Vaccination North-Western Provinces and Oudh 1878-1895 - 1878-1895
Year: 1878
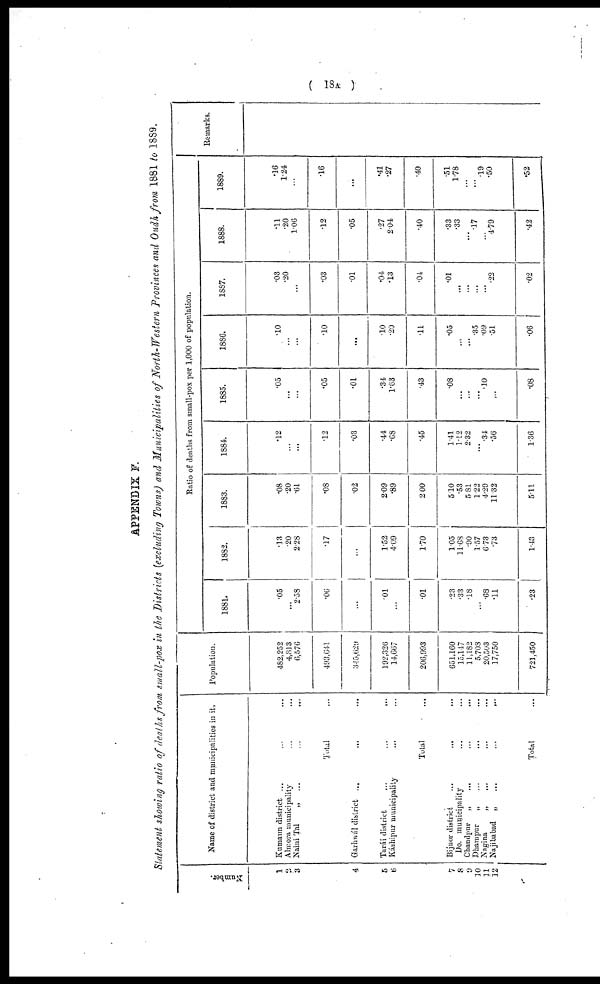
( 18A )
APPENDIX F.
Statement showing ratio of deaths from small-pox in the Districts (excluding Towns) and Municipalities of North-Western Provinces and Oudh from 1881 to 1889.
Number.
1
2
3
4
5
6
7
8
9
10
11
12
Name of district and municipalities in it,
Kumaun district ... ... ...
Almora municipality ... ...
Naini Tal
„
...
...
...
Total ...
Garhwál district ... ... ...
Tarái district ... ... ...
Káshipur municipality ... ...
Total ...
Bijnor district ... ... ...
Do. municipality ... ...
Chandpur
„ ... ... ...
Dhampur
„ ... ... ...
Nagma
„ ... ... ...
Najibabad
„ ... ... ...
Total ...
Population.
482,252
4,813
6,576
493,641
345,629
192,326
14,667
206,993
651,160
15,147
11,182
5,708
20,503
17,750
721,450
Ratio of deaths from small-pox per 1,000 of population.
1881.
.05
...
2.58
.06
...
.01
...
.01
.23
.33
.18
...
.68
.11
.23
1882.
.13
.20
2.28
.17
...
1.52
4.09
1.70
1.05
11.68
.90
1.57
6.73
.73
1.43
1883.
.08
.20
.61
.08
.02
2.09
.89
2.00
5.10
.53
5.81
1.22
4.29
11.32
5.11
1884.
.12
...
...
.12
.03
.44
.68
.45
1.41
112
2.32
...
.34
.56
1.36
1885.
.05
...
...
.05
.01
.34
1.63
.43
.08
...
...
...
.10
...
.08
1886.
.10
...
...
.10
...
.10
.20
.11
.05
...
...
.35
.09
.51
.06
1887.
.03
.20
...
.03
.01
.04
.13
.04
.01
...
...
...
...
.22
.02
1888.
.11
.20
1.06
.12
.05
.27
2.04
.40
.33
.33
...
.17
...
4.79
.42
1889.
.16
l.24
...
.16
...
.41
.27
.40
.51
1.78
...
.19
.50
.52
Remarks.